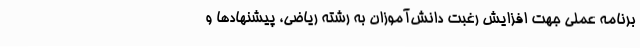
برنامه عملی جهت افزایش رغبت دانش‌آموزان به رشته ریاضی، پیشنهادها و